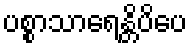
ပစ္စာသာရေန္တိပိပေ